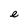
Character: e